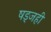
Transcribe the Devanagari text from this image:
षड्जही